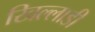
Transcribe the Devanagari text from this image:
खिल्लाडी